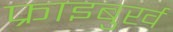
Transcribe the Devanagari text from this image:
फ्राइबुर्ख